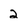
Character: 2